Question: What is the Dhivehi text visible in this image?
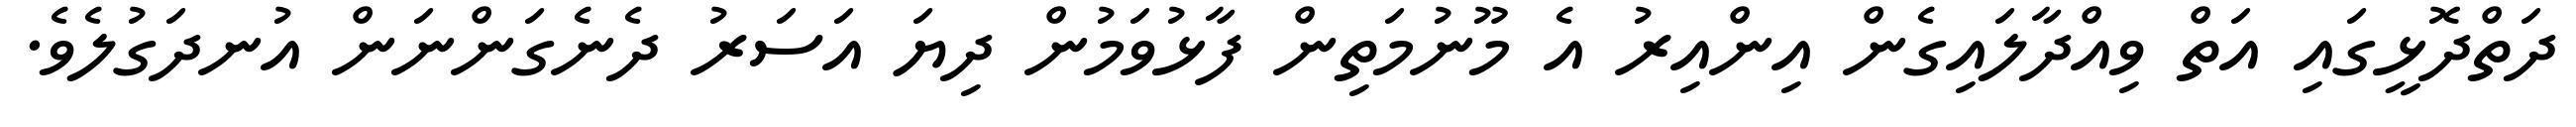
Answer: ދަތްދޮޅީގައި އަތް ވިއްދާލައިގެން އިންއިރު އެ މޫނުމަތިން ފާޅުވަމުން ދިޔަ އަސަރު ދެނެގަންނަން އުނދަގުލެވެ.